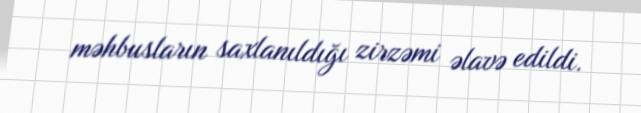
məhbusların saxlanıldığı zirzəmi əlavə edildi.